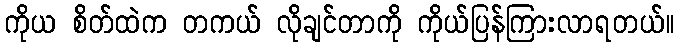
ကိုယ စိတ်ထဲက တကယ် လိုချင်တာကို ကိုယ်ပြန်ကြားလာရတယ်။